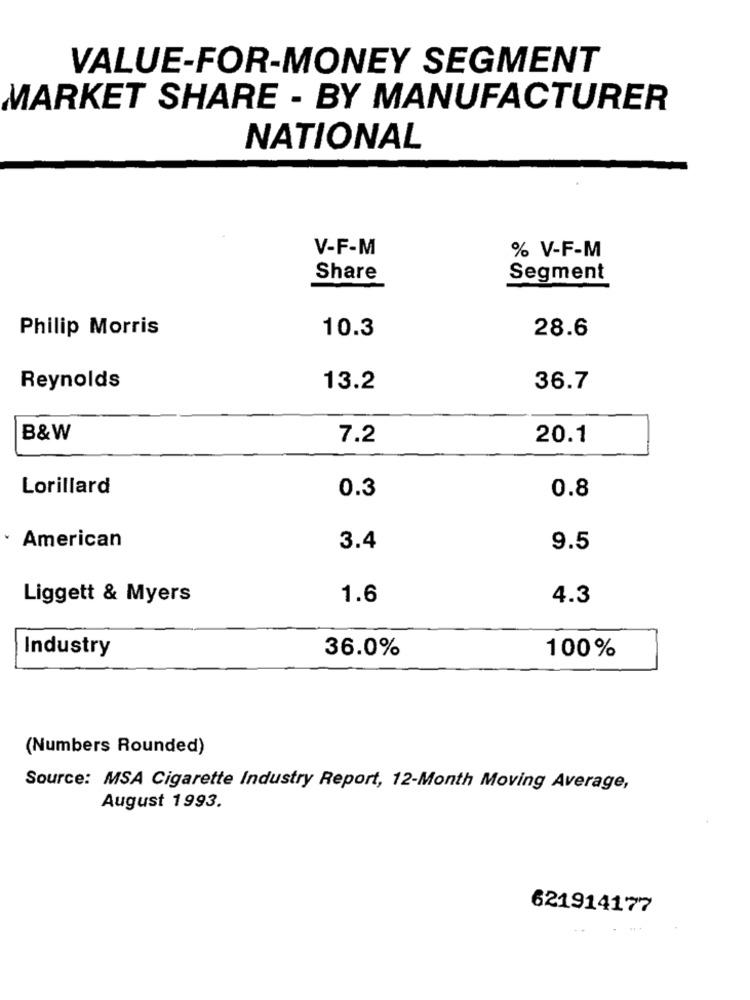
VALUE-FOR-MONEY SEGMENT
MARKET SHARE - BY MANUFACTURER
NATIONAL
V-F-M
% V-F-M
Share
Segment
Philip Morris
10.3
28.6
Reynolds
13.2
36.7
B&W
7.2
20.1
Lorillard
0.3
0.8
· American
3.4
9.5
Liggett & Myers
1.6
4.3
Industry
36.0%
100%
(Numbers Rounded)
Source: MSA Cigarette Industry Report, 12-Month Moving Average,
August 1993.
621914177